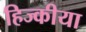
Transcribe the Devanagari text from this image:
हिज्कीया